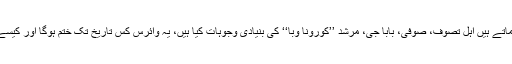
کیا فرماتے ہیں اہلِ تصوف، صوفی، بابا جی، مرشد ’’کورونا وبا‘‘ کی بنیادی وجوہات کیا ہیں، یہ وائرس کس تاریخ تک ختم ہوگا اور کیسے ہوگا۔